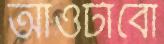
আওটাবো